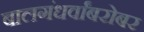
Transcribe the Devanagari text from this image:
बालगंधर्वांबरोबर